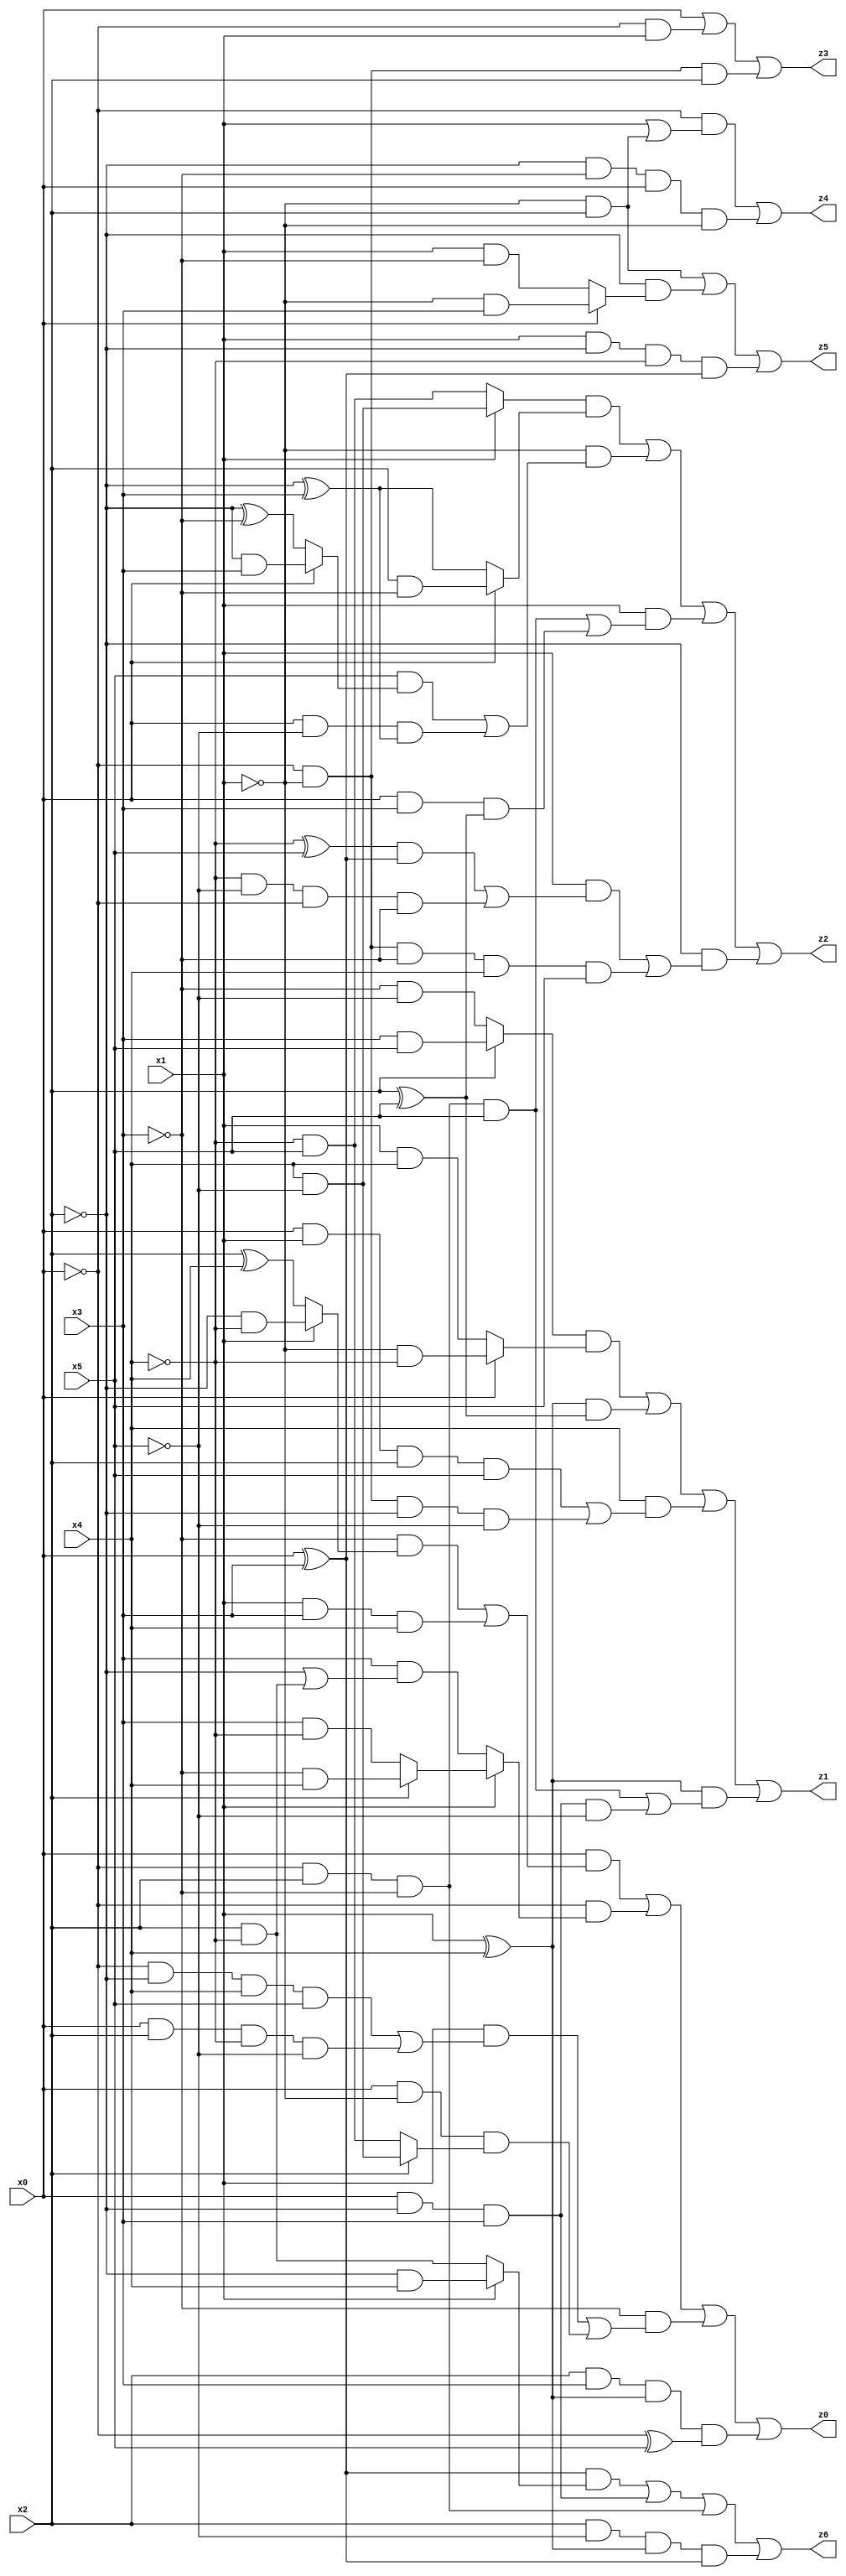
// Benchmark "X_11" written by ABC on Wed Jun 07 16:14:54 2023

module X_25 ( 
    x0, x1, x2, x3, x4, x5,
    z0, z1, z2, z3, z4, z5, z6  );
  input  x0, x1, x2, x3, x4, x5;
  output z0, z1, z2, z3, z4, z5, z6;
  assign z0 = (x0 & ((~x3 & (x1 ? (~x2 & ~x4) : (x2 ^ x4))) | (x1 & x3 & x4))) | (~x0 & (x1 ? (x2 ? (~x3 & x4) : (x3 & ~x4)) : (x3 & (~x2 | (x2 & ~x4))))) | (~x3 & ((x1 & ((~x0 & ~x2 & x4 & x5) | (x0 & x2 & ~x4 & ~x5))) | (x0 & ~x1 & (x2 ? (x4 & ~x5) : (~x4 & x5))))) | (x2 & x3 & (x1 ^ x4) & (~x0 ^ x5));
  assign z1 = ((x2 ? (x3 & x5) : (~x3 & ~x5)) & (x0 ? (~x1 & ~x4) : (x1 & x4))) | ((x1 ^ x4) & (x2 ^ x5)) | (x4 & ((x0 & x1 & x2 & x5) | (~x0 & ~x1 & ~x2 & ~x5))) | ((x1 ^ x4) & ((~x0 & x2 & ~x3 & x5) | (x0 & ~x2 & x3 & ~x5)));
  assign z2 = ((x1 ? (x4 & ~x5) : (~x4 & x5)) & (x0 ? (x2 & ~x3) : (~x2 ^ x3))) | (~x1 & ((x5 & (x0 ? (~x2 & x3) : (~x2 ^ ~x3))) | (x0 & ~x5 & (~x2 ^ x3)))) | (x1 & ((~x0 & x2 & ~x3 & x5) | (x0 & x3 & (x2 ^ x5)))) | (~x2 & ((x1 & (((~x4 ^ x5) & (x0 ^ x3)) | (~x4 & ~x5 & ~x0 & ~x3))) | (~x0 & ~x1 & ~x3 & x4 & x5)));
  assign z3 = x0 | (~x0 & x1) | (~x0 & ~x1 & x2);
  assign z4 = (~x0 & (x1 | (~x1 & x2))) | (~x2 & ~x3 & x0 & ~x1);
  assign z5 = (~x1 & x2) | (~x2 & (x0 ? (~x1 & x3) : (x1 & ~x3))) | (x1 & ~x2 & ~x4 & (x0 ^ x3));
  assign z6 = ((x0 ^ x3) & (x1 ? (~x2 & x4) : (x2 & ~x4))) | (x0 & ~x2 & x3) | (~x0 & x2 & ~x3) | (x2 & ~x5 & (x1 ^ x4) & (x0 ^ x3));
endmodule